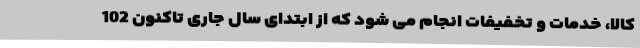
کالا، خدمات و تخفیفات انجام می شود که از ابتدای سال جاری تاکنون 102